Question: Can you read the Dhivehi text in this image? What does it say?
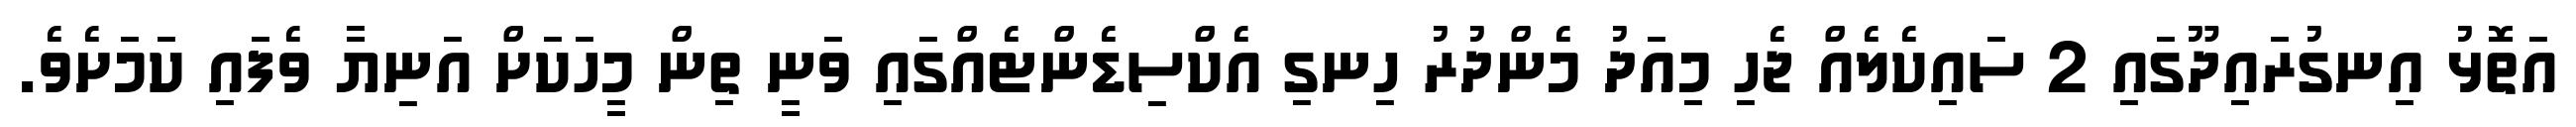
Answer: އަތޮޅު އިނގުރައިދޫގައި 2 ސައިކެލެއް ޖެހި މިއަދު މެންދުރު ހިނގި އެކްސިޑެންޓެއްގައި ވަނީ ތިން މީހަކަށް އަނިޔާ ވެފައި ކަމަށެވެ.